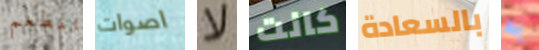
المطعم اصوات لا كانت بالسعادة به